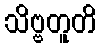
သိဗ္ဗတူတိ